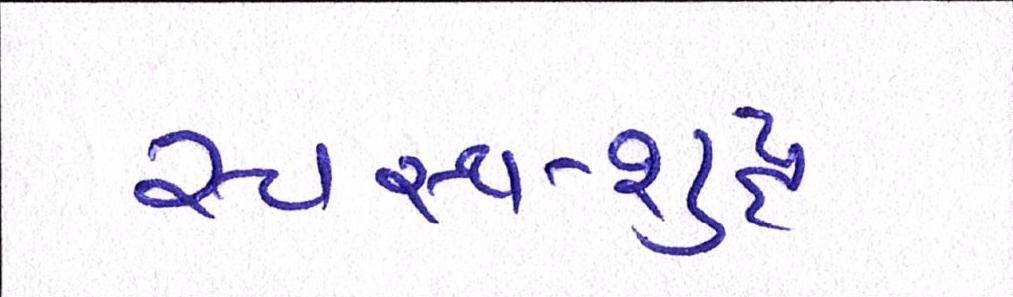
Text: સ્વસ્થ-શુદ્ધ